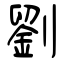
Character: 劉